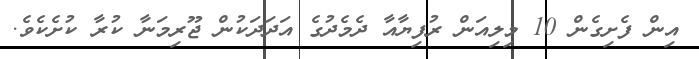
އިން ފެށިގެން 10 މިލިއަން ރުފިޔާއާ ދެމެދުގެ އަދަދަކުން ޖޫރިމަނާ ކުރާ ކުށެކެވެ.